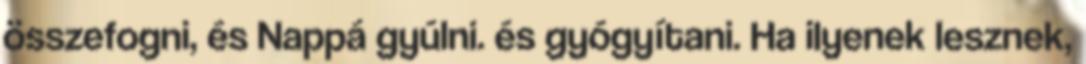
összefogni, és Nappá gyúlni. és gyógyítani. Ha ilyenek lesznek,